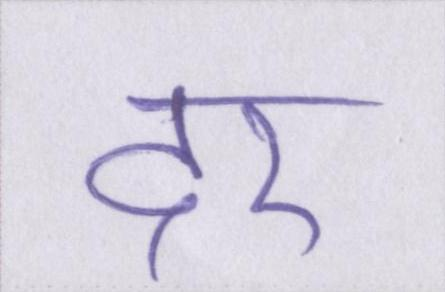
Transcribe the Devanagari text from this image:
दर